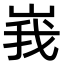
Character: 峩